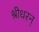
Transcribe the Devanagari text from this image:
श्रीधरन्